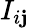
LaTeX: I_{i\mathbf{j}}